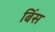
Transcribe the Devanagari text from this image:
बिंस